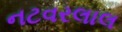
નટવરલાલ